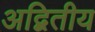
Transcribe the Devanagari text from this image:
अद्बितीय